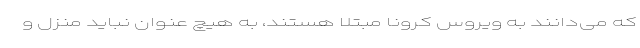
که می‌دانند به ویروس کرونا مبتلا هستند، به هیچ عنوان نباید منزل و